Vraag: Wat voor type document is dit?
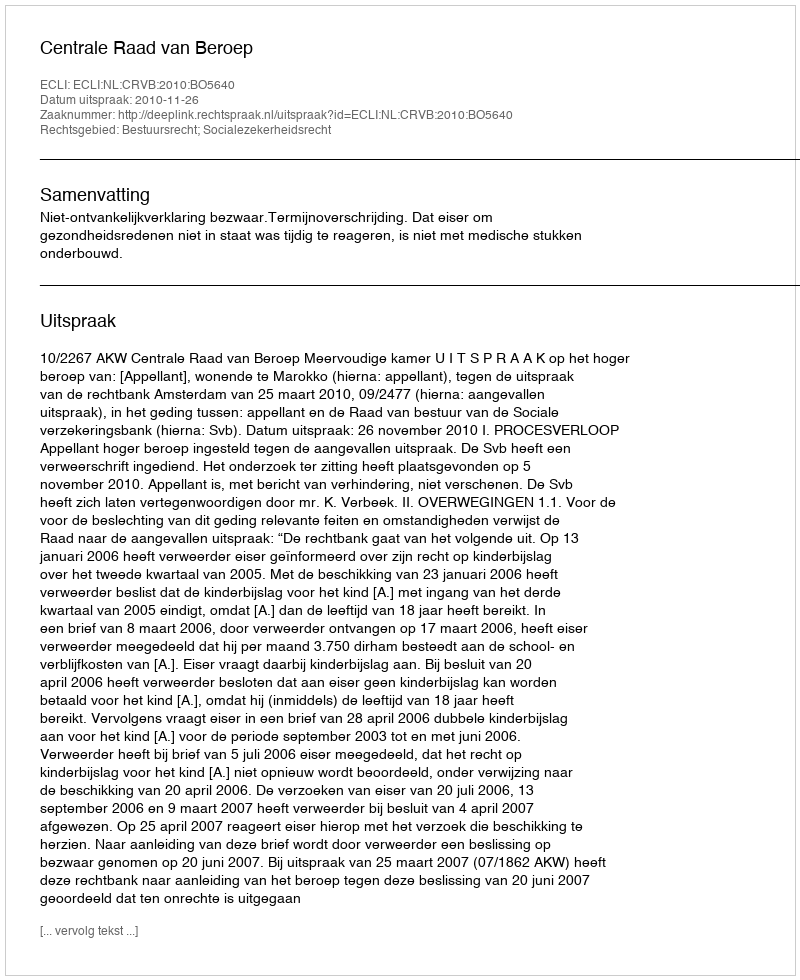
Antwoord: Uitspraak